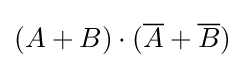
(A+B)\cdot ({\overline {A}}+{\overline {B}})